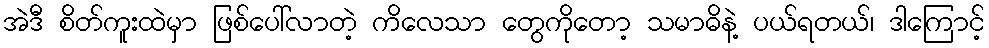
အဲဒီ စိတ်ကူးထဲမှာ ဖြစ်ပေါ်လာတဲ့ ကိလေသာ တွေကိုတော့ သမာဓိနဲ့ ပယ်ရတယ်၊ ဒါကြောင့်